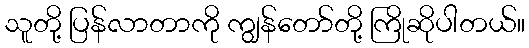
သူတို့ ပြန်လာတာကို ကျွန်တော်တို့ ကြိုဆိုပါတယ်။